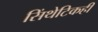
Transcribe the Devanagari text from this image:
सिंथेटिकही